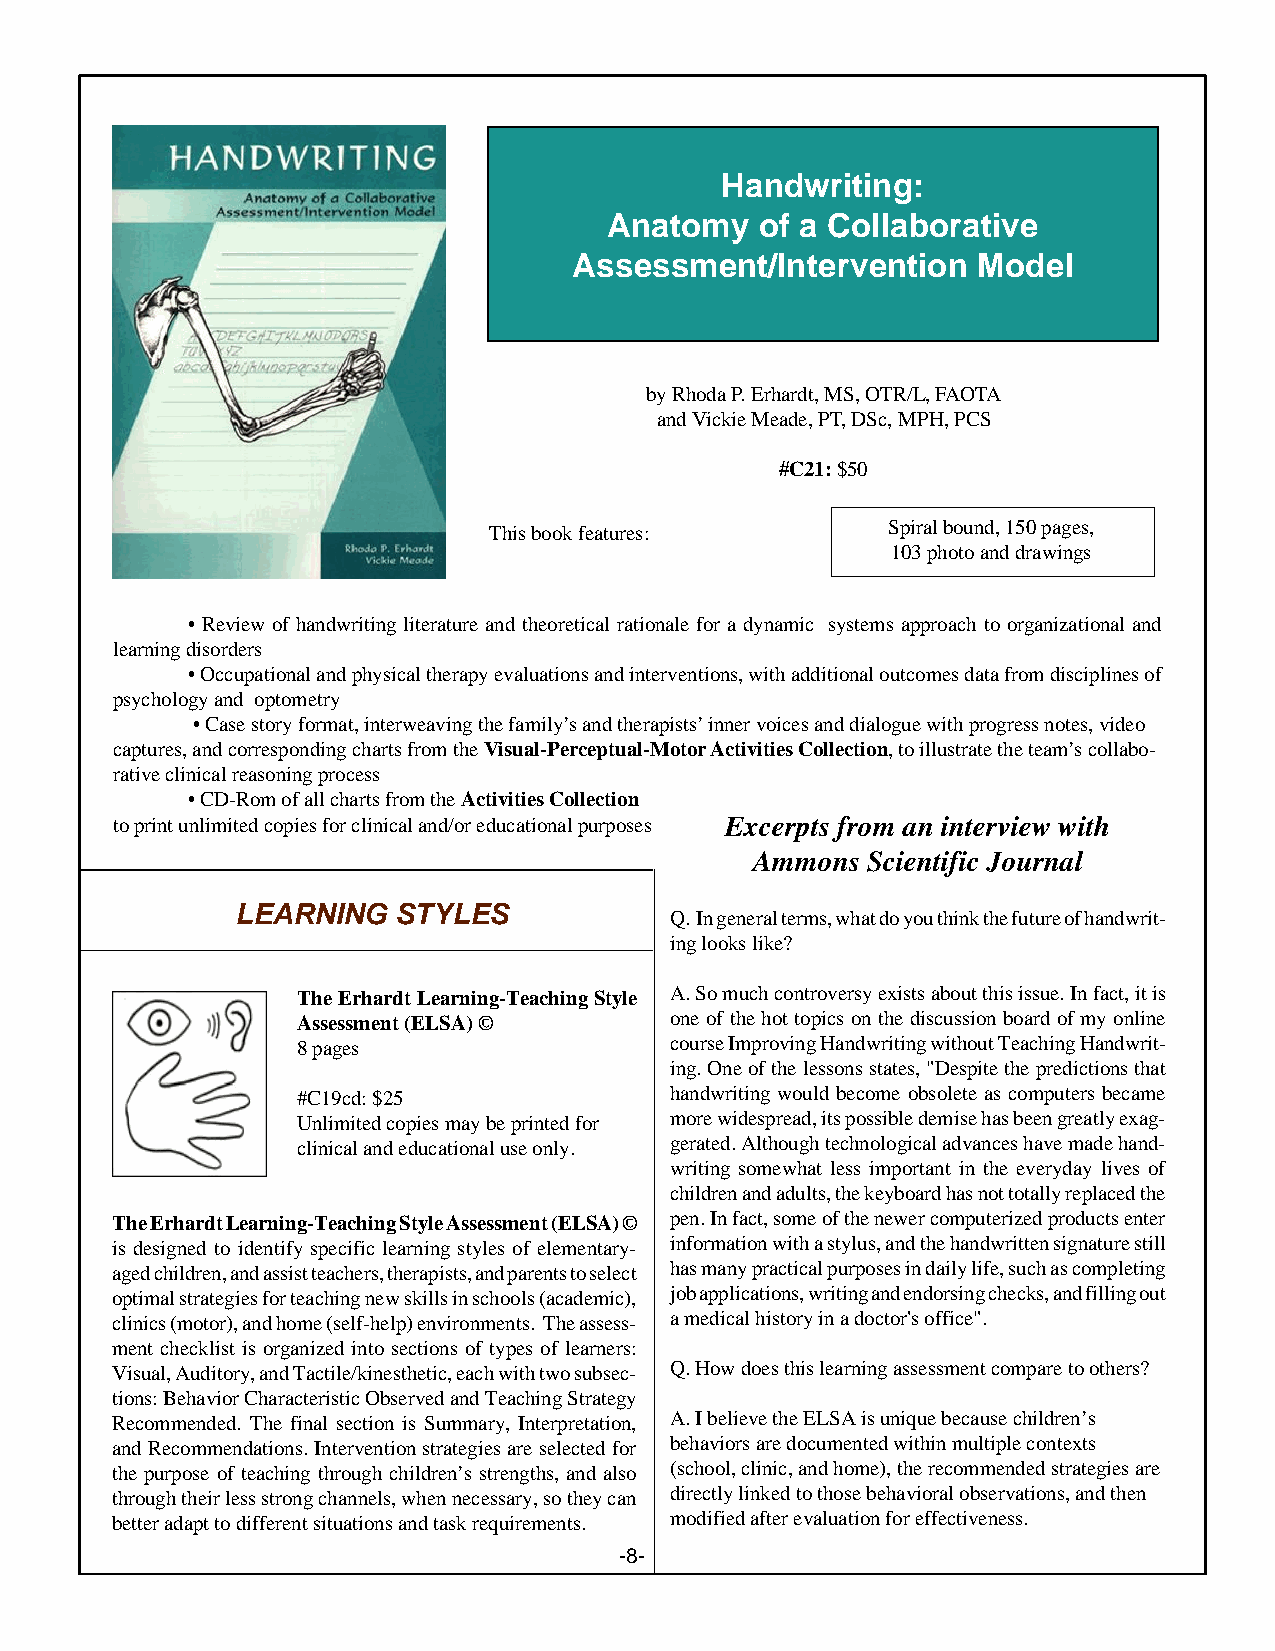
Handwriting:
 Anatomy   of a Collaborative
 Assessment/Intervention    Model
 by Rhoda P. Erhardt, MS, OTR/L, FAOTA
 and Vickie Meade, PT, DSc, MPH, PCS
 #C21: $50
 This book features:        Spiral bound, 150 pages,
 103 photo and drawings
 • Review of handwriting literature and theoretical rationale for a dynamic systems approach to organizational and
 learning disorders
 • Occupational and physical therapy evaluations and interventions, with additional outcomes data from disciplines of
 psychology and optometry
 • Case story format, interweaving the family’s and therapists’ inner voices and dialogue with progress notes, video
 captures, and corresponding charts from the Visual-Perceptual-Motor Activities Collection, to illustrate the team’s collabo-
 rative clinical reasoning process
 • CD-Rom of all charts from the Activities Collection
 to print unlimited copies for clinical and/or educational purposes Excerpts from an interview with
 Ammons Scientific Journal
 LEARNING  STYLES
 Q. In general terms, what do you think the future of handwrit-
 ing looks like?
 The Erhardt Learning-Teaching Style A. So much controversy exists about this issue. In fact, it is
 Assessment (ELSA) ©     one of the hot topics on the discussion board of my online
 8 pages                 course Improving Handwriting without Teaching Handwrit-
 ing. One of the lessons states, "Despite the predictions that
 #C19cd: $25             handwriting would become obsolete as computers became
 Unlimited copies may be printed for more widespread, its possible demise has been greatly exag-
 clinical and educational use only. gerated. Although technological advances have made hand-
 writing somewhat less important in the everyday lives of
 children and adults, the keyboard has not totally replaced the
 The Erhardt Learning-Teaching Style Assessment (ELSA) © pen. In fact, some of the newer computerized products enter
 is designed to identify specific learning styles of elementary- information with a stylus, and the handwritten signature still
 aged children, and assist teachers, therapists, and parents to select has many practical purposes in daily life, such as completing
 optimal strategies for teaching new skills in schools (academic), job applications, writing and endorsing checks, and filling out
 clinics (motor), and home (self-help) environments. The assess- a medical history in a doctor's office".
 ment checklist is organized into sections of types of learners:
 Visual, Auditory, and Tactile/kinesthetic, each with two subsec- Q. How does this learning assessment compare to others?
 tions: Behavior Characteristic Observed and Teaching Strategy
 Recommended. The final section is Summary, Interpretation, A. I believe the ELSA is unique because children’s
 and Recommendations. Intervention strategies are selected for behaviors are documented within multiple contexts
 the purpose of teaching through children’s strengths, and also (school, clinic, and home), the recommended strategies are
 through their less strong channels, when necessary, so they can directly linked to those behavioral observations, and then
 better adapt to different situations and task requirements. modified after evaluation for effectiveness.
 -8-